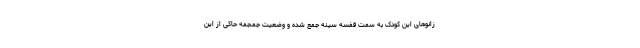
زانوهای این کودک به سمت قفسه سینه جمع شده و وضعیت جمجمه حاکی از این